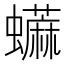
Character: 𧔕